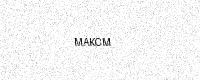
Text: MAKCM